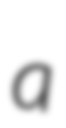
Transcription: a